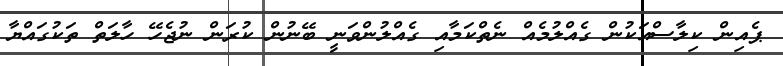
ޕެއިން ކިލާސްއަކުން ގެއްލުމެއް ނެތްކަމާއި ގެއްލުންވަނީ ބޭނުން ކުރަން ނުޖެހޭ ހާލަތް ތަކުގައްޔާ